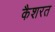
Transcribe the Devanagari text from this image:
कैशरत